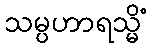
သမ္ပဟာရသ္မိံ